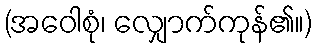
(အဝေါစုံ၊ လျှောက်ကုန်၏။)